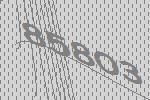
85803